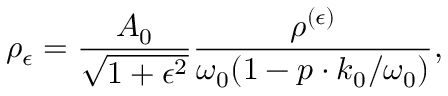
\rho _ { \epsilon } = \frac { A _ { 0 } } { \sqrt { 1 + \epsilon ^ { 2 } } } \frac { \rho ^ { ( \epsilon ) } } { \omega _ { 0 } ( 1 - \boldsymbol { p } \cdot \boldsymbol { k } _ { 0 } / \omega _ { 0 } ) } ,